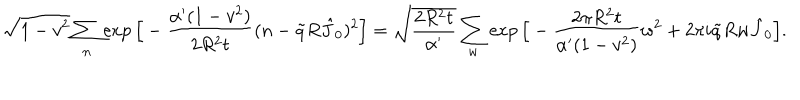
LaTeX: \sqrt { 1 - v ^ { 2 } } \sum _ { n } \exp \Big [ - \frac { \alpha ^ { \prime } ( 1 - v ^ { 2 } ) } { 2 R ^ { 2 } t } ( n - \tilde { q } R \hat { J } _ { 0 } ) ^ { 2 } \Big ] = \sqrt { \frac { 2 R ^ { 2 } t } { \alpha ^ { \prime } } } \sum _ { w } \exp \Big [ - \frac { 2 \pi R ^ { 2 } t } { \alpha ^ { \prime } ( 1 - v ^ { 2 } ) } w ^ { 2 } + 2 \pi i \tilde { q } R w \hat { J } _ { 0 } \Big ] .